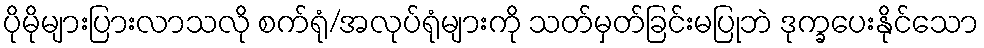
ပိုမိုများပြားလာသလို စက်ရုံ/အလုပ်ရုံများကို သတ်မှတ်ခြင်းမပြုဘဲ ဒုက္ခပေးနိုင်သော